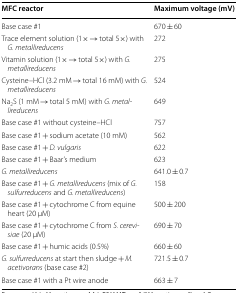
| MFC reactor | Maximum voltage (mV) |
 | --- | --- |
 | Base case #1 | 670 ± 60 |
 | Trace element solution (1× → total 5×) with G. metallireducens | 272 |
 | Vitamin solution (1× → total 5×) with G. metallireducens | 275 |
 | Cysteine–HCl (3.2 mM → total 16 mM) with G. metallireducens | 524 |
 | Na2S (1 mM → total 5 mM) with G. metallireducens | 649 |
 | Base case #1 without cysteine–HCl | 757 |
 | Base case #1 + sodium acetate (10 mM) | 562 |
 | Base case #1 + D. vulgaris | 622 |
 | Base case #1 + Baar’s medium | 623 |
 | G. metallireducens | 641.0 ± 0.7 |
 | Base case #1 + G. metallireducens (mix of G. sulfurreducens and G. metallireducens) | 158 |
 | Base case #1 + cytochrome C from equine heart (20 μM) | 500 ± 200 |
 | Base case #1 + cytochrome C from S. cerevisiae (20 μM) | 690 ± 70 |
 | Base case #1 + humic acids (0.5%) | 660 ± 60 |
 | G. sulfurreducens at start then sludge + M. acetivorans (base case #2) | 721.5 ± 0.7 |
 | Base case #1 with a Pt wire anode | 663 ± 7 |